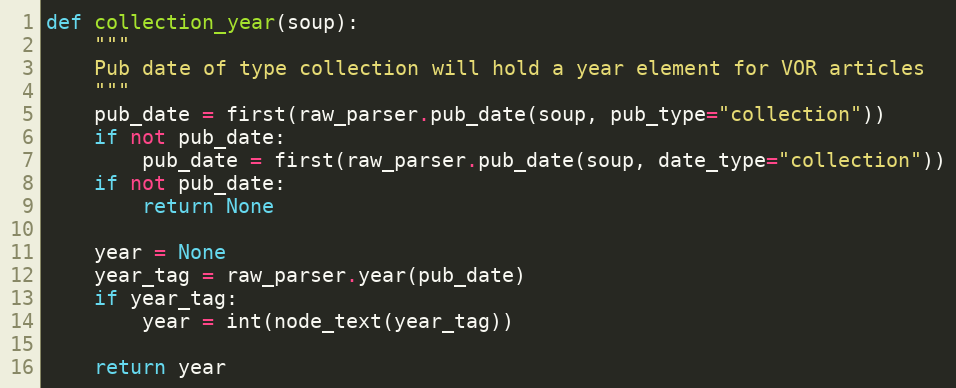
Language: Python
def collection_year(soup):
    """
    Pub date of type collection will hold a year element for VOR articles
    """
    pub_date = first(raw_parser.pub_date(soup, pub_type="collection"))
    if not pub_date:
        pub_date = first(raw_parser.pub_date(soup, date_type="collection"))
    if not pub_date:
        return None

    year = None
    year_tag = raw_parser.year(pub_date)
    if year_tag:
        year = int(node_text(year_tag))

    return year